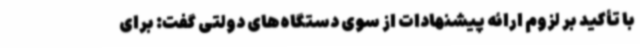
با تأکید بر لزوم ارائه پیشنهادات از سوی دستگاه‌های دولتی گفت: برای